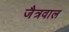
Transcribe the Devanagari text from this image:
जैत्रवाल